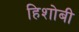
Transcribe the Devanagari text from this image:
हिशोबी